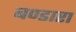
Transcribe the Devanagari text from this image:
बण्डारा